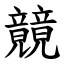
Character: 竸